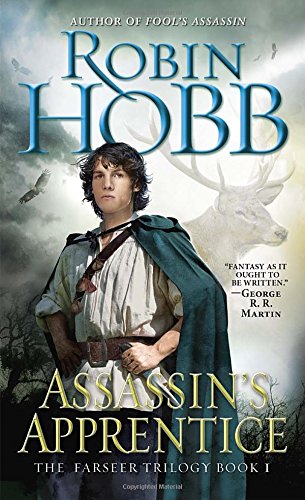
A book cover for Assassin's Apprentice (The Farseer Trilogy, Book 1); Robin Hobb; Science Fiction & Fantasy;